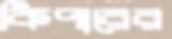
কিপারের